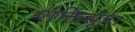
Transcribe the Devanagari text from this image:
शक्तिसूत्र।